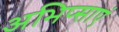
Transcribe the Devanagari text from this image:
अभिप्साएं